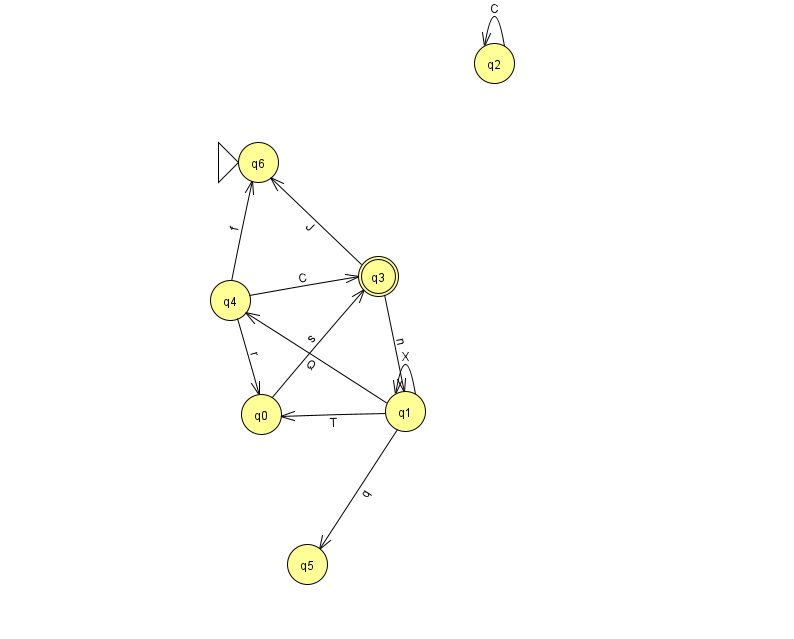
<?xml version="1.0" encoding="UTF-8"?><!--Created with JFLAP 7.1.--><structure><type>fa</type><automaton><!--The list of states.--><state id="0" name="q0"><x>261.0</x><y>401.0</y></state><state id="1" name="q1"><x>405.0</x><y>398.0</y></state><state id="2" name="q2"><x>494.0</x><y>50.0</y></state><state id="3" name="q3"><x>378.0</x><y>263.0</y><final/></state><state id="4" name="q4"><x>230.0</x><y>287.0</y></state><state id="5" name="q5"><x>307.0</x><y>551.0</y></state><state id="6" name="q6"><x>258.0</x><y>149.0</y><initial/></state><!--The list of transitions.--><transition><from>3</from><to>6</to><read>J</read></transition><transition><from>2</from><to>2</to><read>C</read></transition><transition><from>4</from><to>0</to><read>r</read></transition><transition><from>0</from><to>3</to><read>s</read></transition><transition><from>3</from><to>1</to><read>n</read></transition><transition><from>4</from><to>3</to><read>C</read></transition><transition><from>1</from><to>0</to><read>T</read></transition><transition><from>1</from><to>1</to><read>X</read></transition><transition><from>1</from><to>5</to><read>q</read></transition><transition><from>4</from><to>6</to><read>f</read></transition><transition><from>1</from><to>4</to><read>Q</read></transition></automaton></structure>